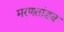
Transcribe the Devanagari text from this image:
मरणतांडव